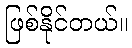
ဖြစ်နိုင်တယ်။